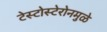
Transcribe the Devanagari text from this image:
टेस्टोस्टेरोनमुळे